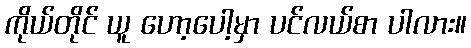
ကိုယ်တိုင် ယူ ဟော့ပေါ့မှာ ပင်လယ်စာ ပါလား။